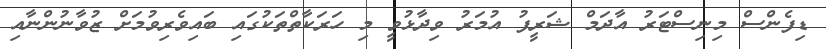
ޑިފެންސް މިނިސްޓަރު އާދަމް ޝަރީފު އުމަރު ވިދާޅުވީ މި ހަރަކާތްތަކުގައި ބައިވެރިވުމަށް ޒުވާނުންނާއި